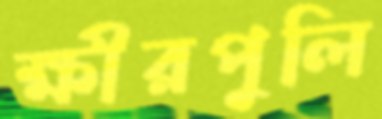
ক্ষীরপুলি